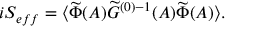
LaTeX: i S _ { e f f } = \langle \widetilde { \Phi } ( A ) \widetilde { { \cal G } } ^ { ( 0 ) - 1 } ( A ) \widetilde { \Phi } ( A ) \rangle .